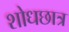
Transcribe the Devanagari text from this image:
शोधछात्र